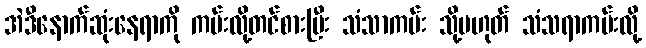
အဲဒီနောက်ဆုံးနေရာကို ကမ်းလို့တင်စားပြီး သံသာကမ်း သို့မဟုတ် သံသရာကမ်းလို့